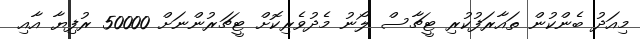
މިއަދު ބެންކުން ތައާރަފުކުރި ޓީޗާސް ލޯނު މެދުވެރިކޮށް ޓީޗަރުންނަށް 50000 ރުފިޔާ އާއި